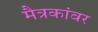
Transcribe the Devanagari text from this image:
मैत्रकांवर